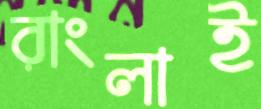
রাংলাই